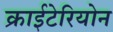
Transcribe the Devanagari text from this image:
क्राईटेरियोन